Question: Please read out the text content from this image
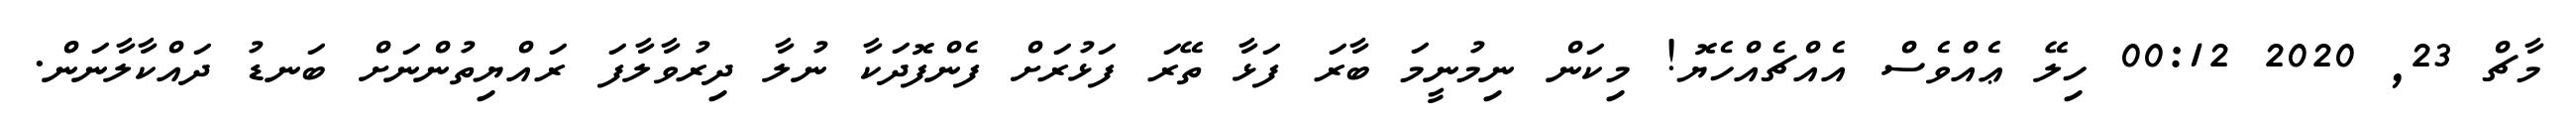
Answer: މާޗް 23, 2020 00:12 ހިލޭ ޢެއްވެސް އެއްޗެއްހެޔޮ! މިކަން ނިމުނީމަ ބާރަ ފަޅާ ތޭރަ ފަޅުރަށް ފެންފޮދަކާ ނުލާ ދިރުވާލާފަ ރައްޔިތުންނަށް ބަނޑު ދައްކާލާނަން.